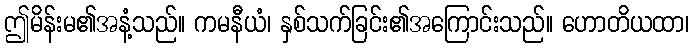
ဤမိန်းမ၏အနံ့သည်။ ကမနီယံ၊ နှစ်သက်ခြင်း၏အကြောင်းသည်။ ဟောတိယထာ၊